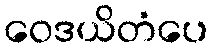
ဝေဒယိတံပေ